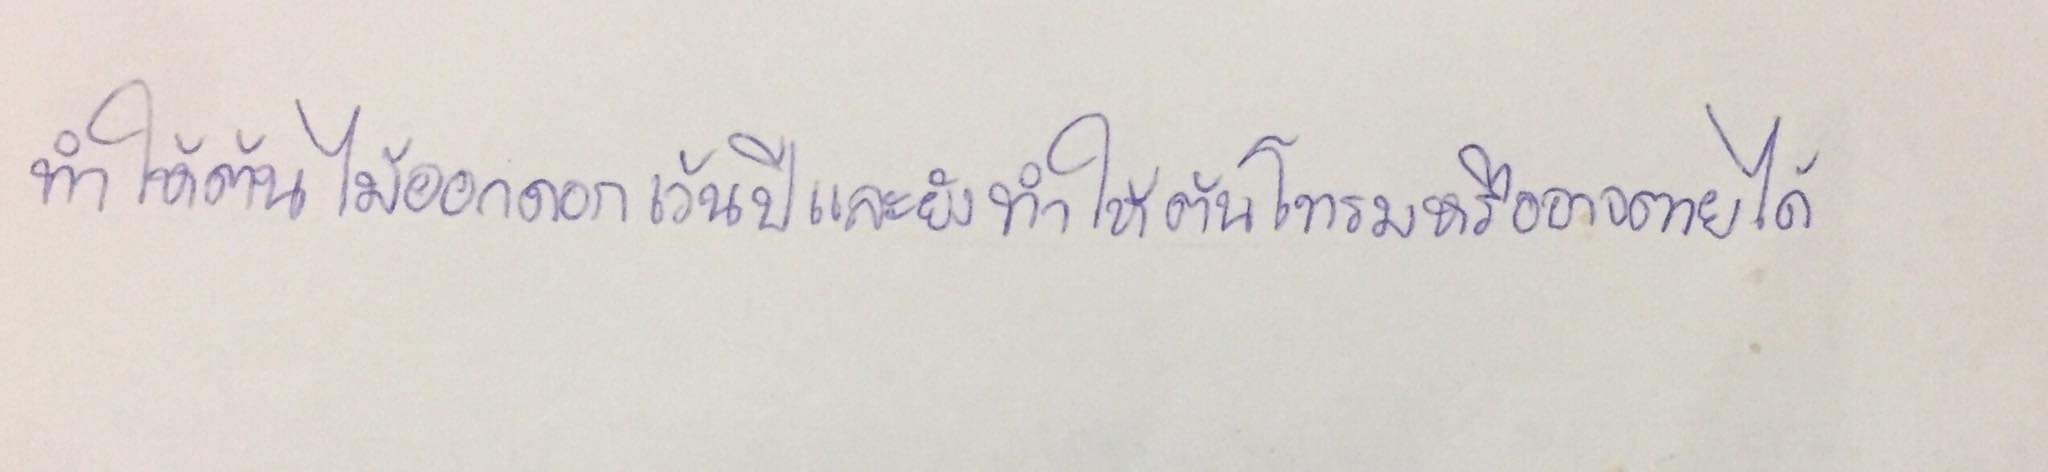
ทำให้ต้นไม้ออกดอกเว้นปีและยังทำให้ต้นโทรมหรืออาจตายได้